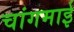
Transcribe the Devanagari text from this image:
चांगमाई